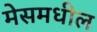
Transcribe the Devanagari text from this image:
मेसमधील